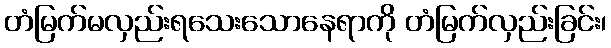
တံမြက်မလှည်းရသေးသောနေရာကို တံမြက်လှည်းခြင်း၊